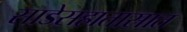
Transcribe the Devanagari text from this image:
साडेसहातासात